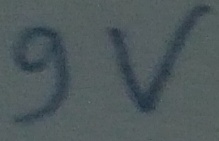
Text: 9V